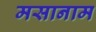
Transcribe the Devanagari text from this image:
मसानाम